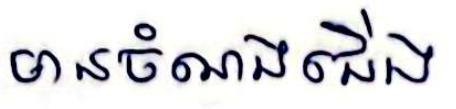
មានចំណងជើង